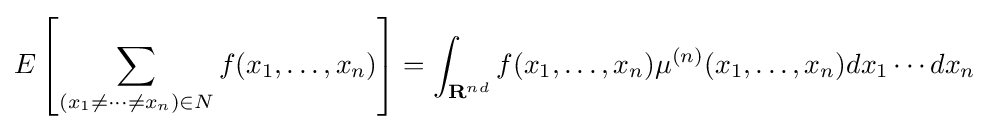
E\left[\sum _{(x_{1}\neq \cdots \neq x_{n})\in {N}}f(x_{1},\ldots ,x_{n})\right]=\int _{{\textbf {R}}^{nd}}f(x_{1},\ldots ,x_{n})\mu ^{(n)}(x_{1},\ldots ,x_{n})dx_{1}\cdots dx_{n}